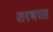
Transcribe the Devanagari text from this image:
तरबरत